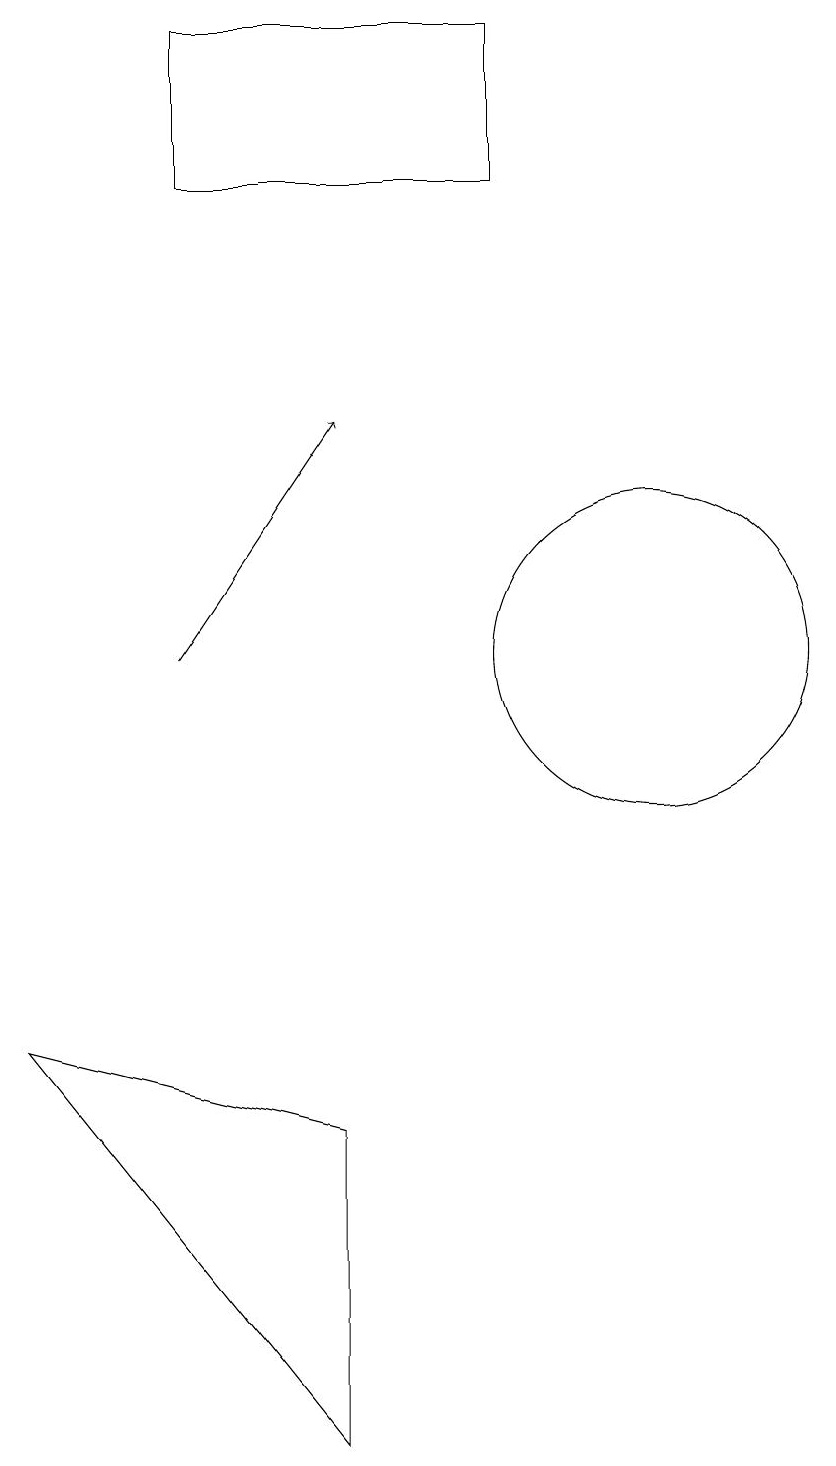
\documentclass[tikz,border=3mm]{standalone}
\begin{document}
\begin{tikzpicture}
\draw (6,4) -- (2,5) -- (6,0) -- cycle;
\draw[->] (4,10) -- (6,13);
\draw (10,10) circle (2);
\draw (4,18) rectangle (8,16);
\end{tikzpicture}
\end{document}